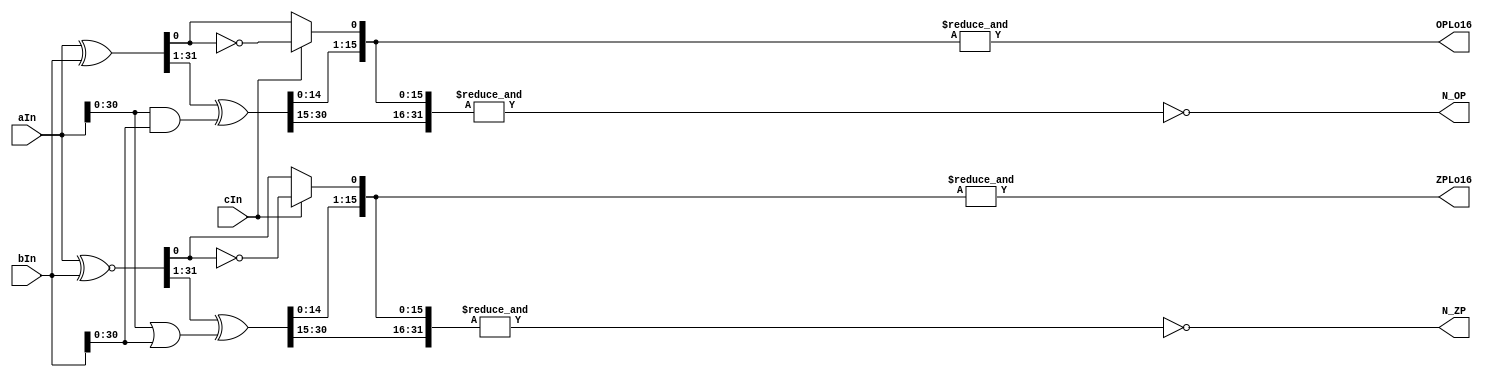
// 
// ************************************************************************** 
// 
//  Copyright (c) International Business Machines Corporation, 2005. 
// 
//  This file contains trade secrets and other proprietary and confidential 
//  information of International Business Machines Corporation which are 
//  protected by copyright and other intellectual property rights and shall 
//  not be reproduced, transferred to other documents, disclosed to others, 
//  or used for any purpose except as specifically authorized in writing by 
//  International Business Machines Corporation. This notice must be 
//  contained as part of this text at all times. 
// 
// ************************************************************************** 
//
module p405s_zeroOnePredict (N_OP, N_ZP, OPLo16, ZPLo16, aIn, bIn, cIn);
    output N_OP;
    output N_ZP;
    output OPLo16;
    output ZPLo16;
    input [0:31] aIn;
    input [0:31] bIn;
    input cIn;

wire [0:31] aEqb, aNEqb, zp, op;
wire [1:31] aOrb, aAndb;

assign aEqb[0:31] = aIn[0:31] ~^ bIn[0:31];
assign aOrb[1:31] = aIn[1:31] | bIn[1:31];
assign zp[0:30] = (aEqb[0:30] ^ aOrb[1:31]);
assign zp[31] = cIn ? ~aEqb[31] : aEqb[31];
assign ZPLo16 = &zp[16:31];
assign N_ZP = ~(&zp[0:31]);

assign aNEqb [0:31] = aIn[0:31] ^ bIn[0:31];
assign aAndb[1:31] = aIn[1:31] & bIn[1:31];
assign op[0:30] =  (aNEqb[0:30] ^ aAndb[1:31]);
assign op[31] =  cIn ? ~aNEqb[31] : aNEqb[31];
assign OPLo16 = &op[16:31];
assign N_OP = ~(&op[0:31]);

endmodule